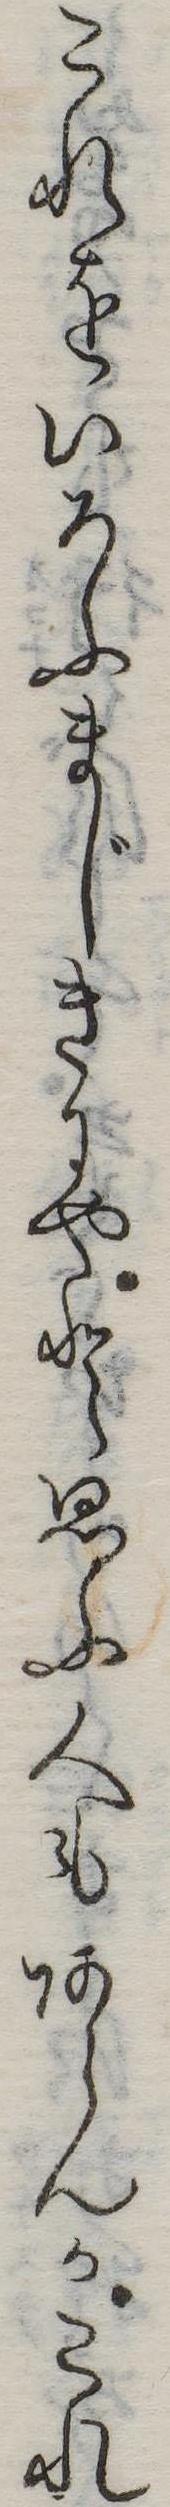
これをいろふまじきにやと思ふ人もあらんかこれ